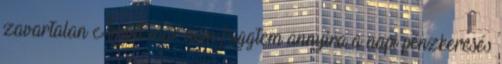
zavartalan Amint már nem függtem annyira a napi pénzkeresés